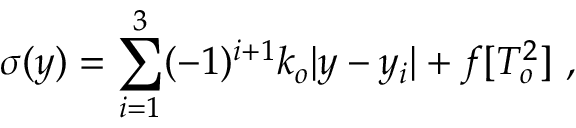
\sigma ( y ) = \sum _ { i = 1 } ^ { 3 } ( - 1 ) ^ { i + 1 } k _ { o } | y - y _ { i } | + f [ T _ { o } ^ { 2 } ] ~ , ~ \,